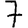
Digit: 7